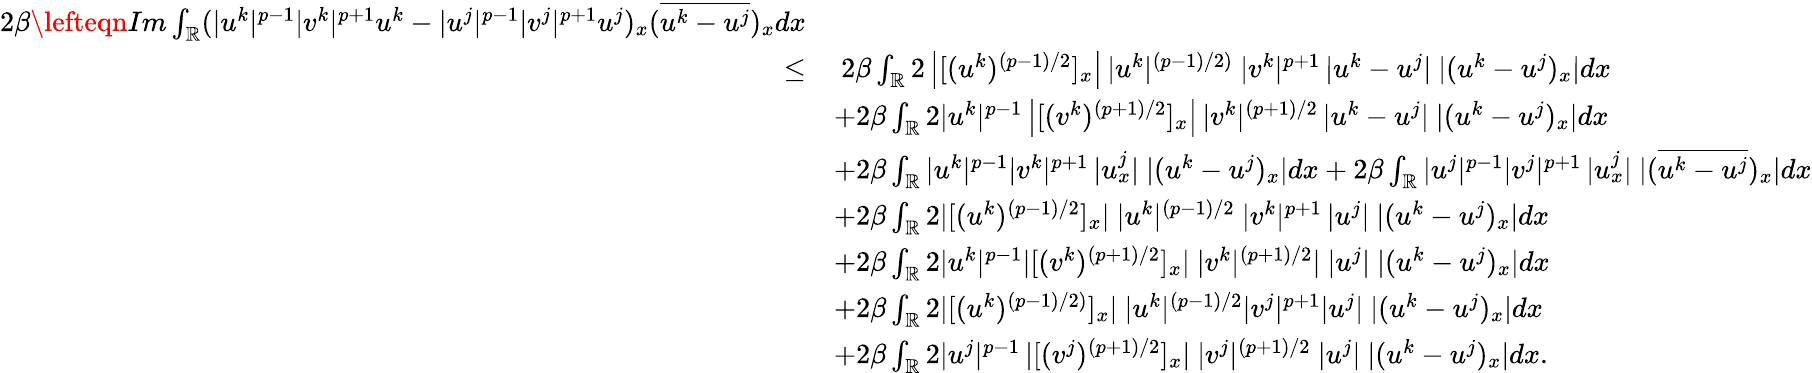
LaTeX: \begin{array}{rl}{2\beta\lefteqn{Im\int_{\mathbb{R}}(|u^{k}|^{p-1}|v^{k}|^{p+1}u^{k}-|u^{j}|^{p-1}|v^{j}|^{p+1}u^{j})_{x}(\overline{{u^{k}-u^{j}}})_{x}dx}}\\ {\leq}&{\ 2\beta\int_{\mathbb{R}}2\left|[(u^{k})^{(p-1)/2}]_{x}\right|\, |u^{k}|^{(p-1)/2)}\ |v^{k}|^{p+1}\, |u^{k}-u^{j}|\ |(u^{k}-u^{j})_{x}|dx}\\ &{+2\beta\int_{\mathbb{R}}2|u^{k}|^{p-1}\left|[(v^{k})^{(p+1)/2}]_{x}\right|\, |v^{k}|^{(p+1)/2}\, |u^{k}-u^{j}|\ |(u^{k}-u^{j})_{x}|dx}\\ &{+2\beta\int_{\mathbb{R}}|u^{k}|^{p-1}|v^{k}|^{p+1}\, |u_{x}^{j}|\ |(u^{k}-u^{j})_{x}|dx+2\beta\int_{\mathbb{R}}|u^{j}|^{p-1}|v^{j}|^{p+1}\, |u_{x}^{j}|\ |(\overline{{u^{k}-u^{j}}})_{x}|dx}\\ &{+2\beta\int_{\mathbb{R}}2|[(u^{k})^{(p-1)/2}]_{x}|\ |u^{k}|^{(p-1)/2}\ |v^{k}|^{p+1}\, |u^{j}|\ |(u^{k}-u^{j})_{x}|dx}\\ &{+2\beta\int_{\mathbb{R}}2|u^{k}|^{p-1}|[(v^{k})^{(p+1)/2}]_{x}|\ |v^{k}|^{(p+1)/2}|\ |u^{j}|\ |(u^{k}-u^{j})_{x}|dx}\\ &{+2\beta\int_{\mathbb{R}}2|[(u^{k})^{(p-1)/2)}]_{x}|\ |u^{k}|^{(p-1)/2}|v^{j}|^{p+1}|u^{j}|\ |(u^{k}-u^{j})_{x}|dx}\\ &{+2\beta\int_{\mathbb{R}}2|u^{j}|^{p-1}\, |[(v^{j})^{(p+1)/2}]_{x}|\ |v^{j}|^{(p+1)/2}\ |u^{j}|\ |(u^{k}-u^{j})_{x}|dx.}\end{array}